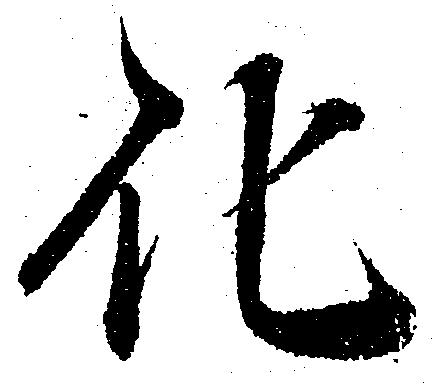
化